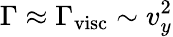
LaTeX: \Gamma\approx\Gamma_{\mathrm{visc}}\sim v_{y}^{2}